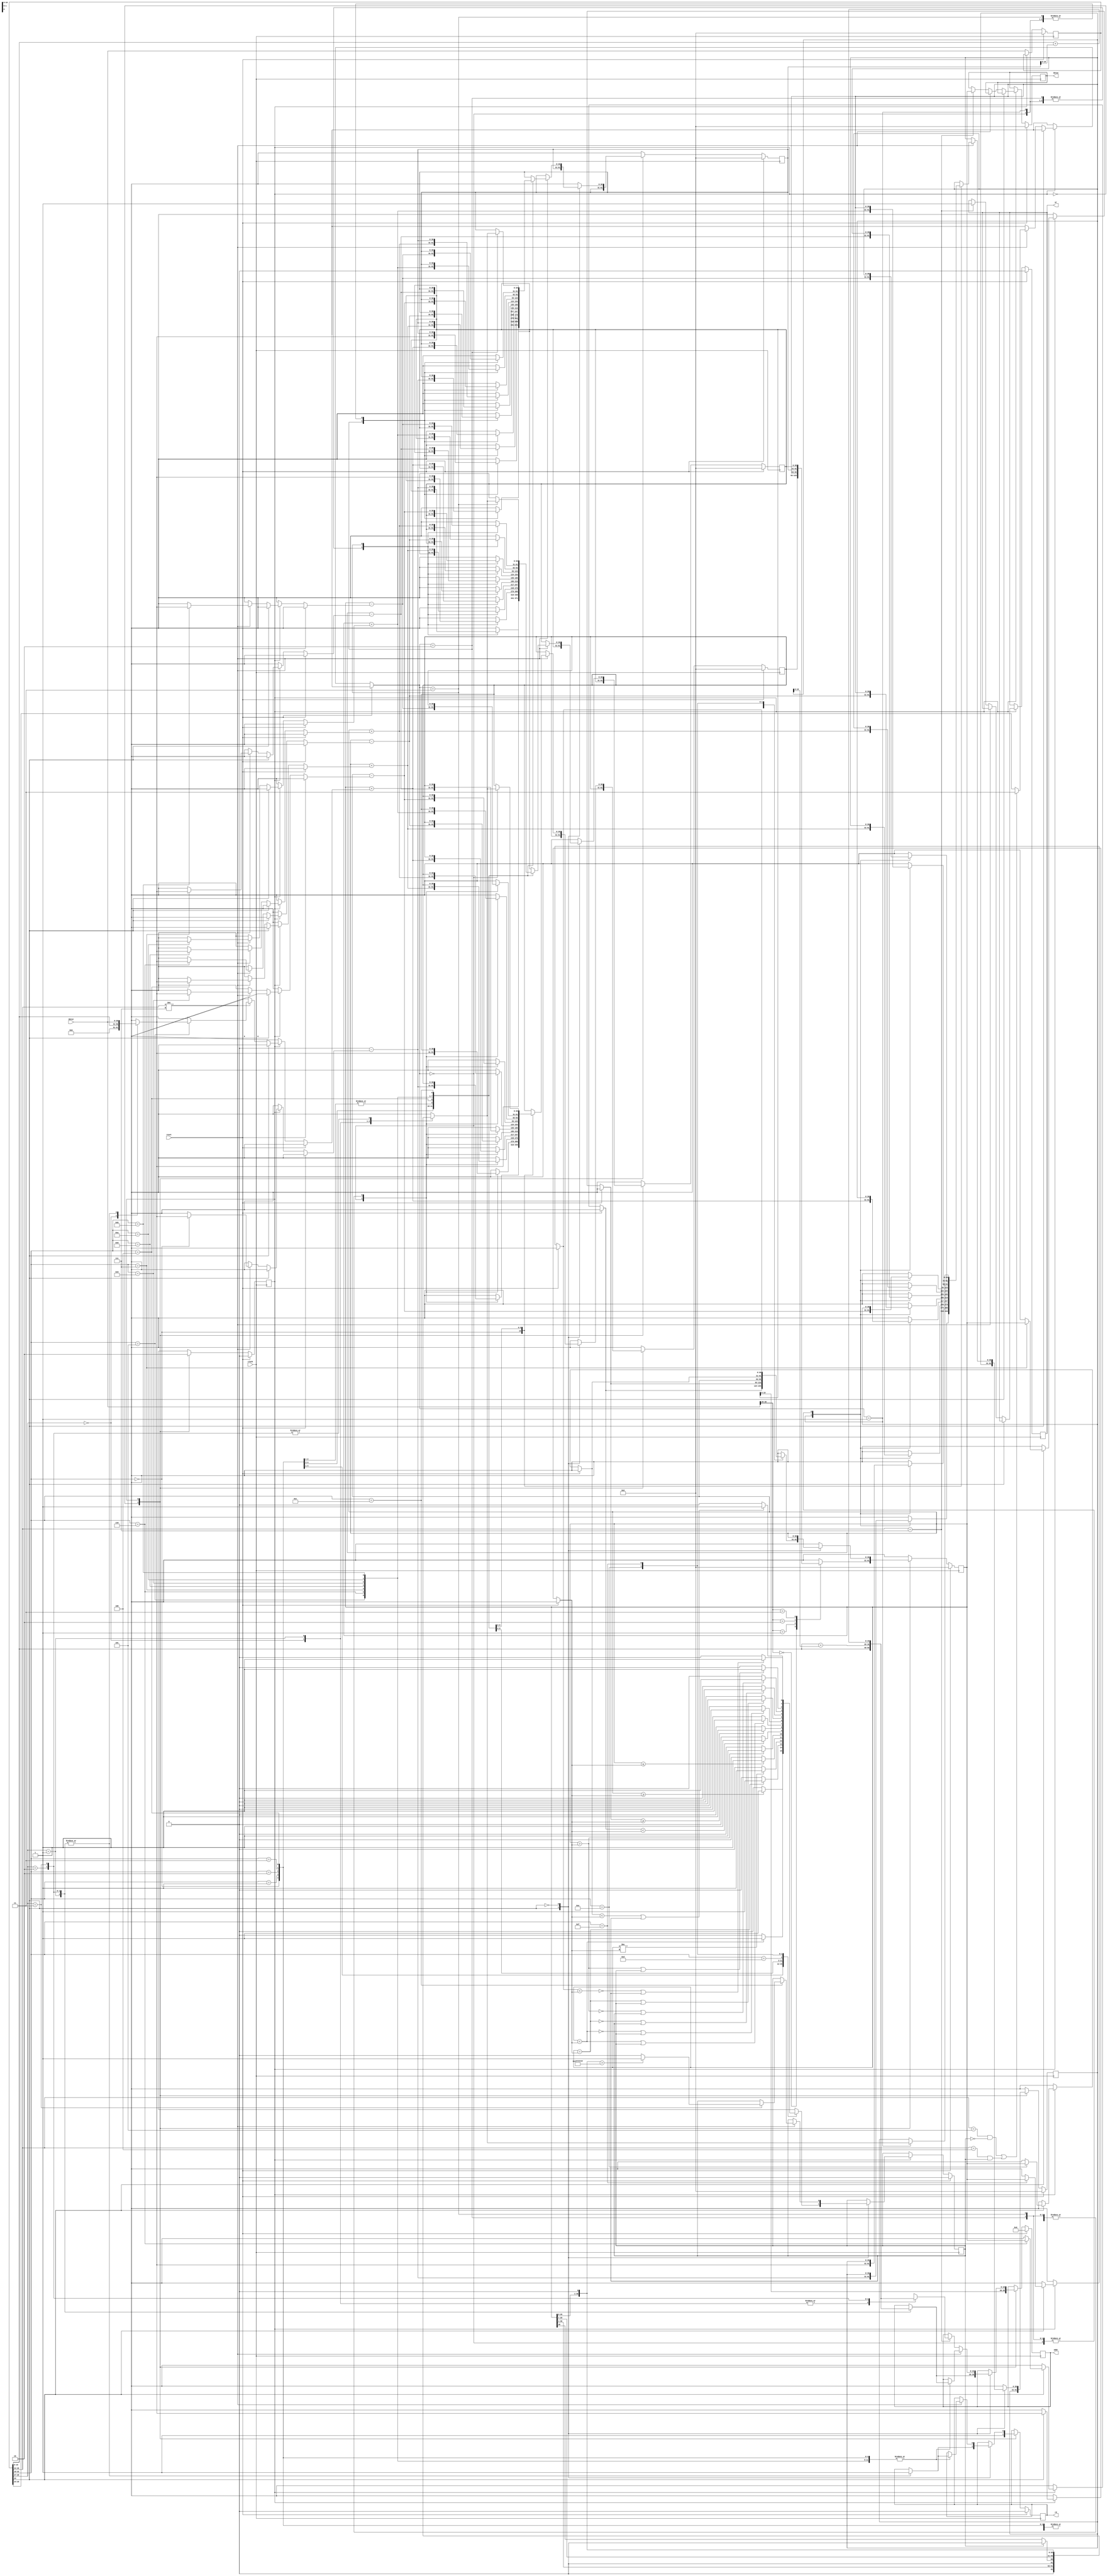
module b14 (
	input clock,
	input reset,
	input [30:0] datai,
	output reg [19:0] addr,
	output reg [30:0] datao,
	output reg rd,
	output reg wr
	);




reg [30:0] reg0 ;
reg [30:0] reg1 ;
reg [30:0] reg2 ;
reg [30:0] reg3 ;

reg B;

reg [30:0] IR ;

reg state;

reg [30:0] rx;
reg [30:0] m;
reg [30:0] t;
reg [1:0] d;


wire cf;// : integer range 1 downto 0;
wire [1:0] mf;// : integer range 2**2 - 1 downto 0;
wire [2:0] df;// : integer range 2**3 - 1 downto 0;

wire [3:0] ff;// : integer range 2**4 - 1 downto 0;
wire [19:0] tail;// : integer range 2**20 - 1 downto 0;
wire [1:0] s ;// : integer range 3 downto 0;




parameter FETCH = 1'b0;
parameter EXEC = 1'b1;

assign 	mf = IR[28:27];// / 2**27) mod 4 ;

assign	df = IR[26:24];// / 2**24) mod 2**3;

assign	ff = IR[22:19];// / 2**19) mod 2**4;

assign	cf = IR[23];// / 2**23) mod 2;

assign	tail = IR[19:0];// mod 2**20;
//		reg3 = {1'b0,reg3[28:0] + 8);
assign	s = IR[30:29];///2**29) mod 4;

always@(posedge clock)
	if(reset == 1'b1)
	begin
		IR <= 31'b0;
		d <= 2'b0;
		rx <= 31'b0;
		m <= 31'b0;
		B <= 1'b0;


		reg0 <= 31'b0;
		reg1 <= 31'b0;
		reg2 <= 31'b0;
		reg3 <= 31'b0;
		addr <= 20'b0;
		rd <= 1'b0;
		wr <= 1'b0;
		datao <= 31'b0;
		state <= FETCH;
	end
	else
	begin
		//rd = 1'b0;
		//wr = 1'b0;
		case(state)
		FETCH:
		begin
			addr <= reg3[19:0];
			rd <= 1'b1;
			IR <= datai;
			state <= EXEC;
			case(datai[30:29])
				2'b00:
					rx <= reg0;
				2'b01:
					rx <= reg1;
				2'b10: begin
					$display("target");
					rx <= reg2;
					end
				2'b11:
					rx <= reg3;
			endcase
		end
		EXEC:
		begin
//		if(IR < 0)
//		  IR = -IR;

		case(cf)
		1'b1:
			begin
			case(mf)
				2'b0:
					m = {11'b0,tail};
				2'b1:
				begin
					m = datai;
					addr <= tail;
					rd <= 1'b1;
				end
				2'b10:
				begin
					addr <= tail + reg1[19:0];
					rd <= 1'b1;
					m = datai;
				end
				2'b11:
				begin
					addr <= tail + reg2[19:0];
					rd <= 1'b1;
					m = datai;
				end
			endcase
			case(ff)
			4'b0:
				if(rx < m)
					B <= 1'b1;
				else
					B <= 1'b0;
			4'b1:
				if(rx >= m)
					B <= 1'b1;
				else
					B <= 1'b0; 
			4'b10:
				if(rx == m) 
					B <= 1'b1;
				else 
					B <= 1'b0; 
			4'b11:
				if(rx != m) 
					B <= 1'b1; 
				else
					B <= 1'b0;
			4'b100:
				if(rx <= m)
					B <= 1'b1; 
				else 
					B <= 1'b0; 
			4'b101:
				if(rx > m) 
					B <= 1'b1; 
				else 
					B <= 1'b0; 
			4'b110:
				begin
				if(rx > 31'b111111111111111111111111111111)
//					   rx = rx - 2**30;
						rx = rx;
				if(rx < m) 
					   B <= 1'b1; 
				else 
					   B <= 1'b0; 
				end
			4'b111:
				begin
				if(rx > 31'b111111111111111111111111111111)
//					   rx = rx - 2**30;
					   rx = rx;
				if(rx >= m)
					   B <= 1'b1; 
				else 
					   B <= 1'b0; 
				end 
			4'b1000:
			begin
				if( (rx < m) || ( B == 1'b1))
						B <= 1'b1;
				else
						B <= 1'b0;
			end
			4'b1001:
				if( !(rx < m) || ( B == 1'b1))
						B <= 1'b1;
				else
						B <= 1'b0;
			4'b1010:
				if( (rx == m) || ( B == 1'b1) )
						B <= 1'b1;
				else
						B <= 1'b0;
			4'b1011:
				if(!(rx == m) || ( B == 1'b1))
						B <= 1'b1;
				else
						B <= 1'b0;
			4'b1100:
				if( !(rx > m) || (B == 1'b1) )
						B <= 1'b1;
				else
						B <= 1'b0;
			4'b1101:
				if( (rx > m) || (B == 1'b1))
						B <= 1'b1;
				else
						B <= 1'b0;
			4'b1110:
				begin
				if(rx > 31'b111111111111111111111111111111)
//					   rx = rx - 2**30;
						rx = rx;
				if ((rx < m) || ( B == 1'b1) ) begin
						$display("target");
						B <= 1'b1;              
					end
				else
						B <= 1'b0;
				end
			4'b1111:
				begin
				if(rx > 31'b111111111111111111111111111111)
//					   rx = rx - 2**30;
						rx = rx;
				if(!(rx < m) || ( B == 1'b1))
						B <= 1'b1;
				else
						B <= 1'b0;
				end
		  endcase
		  end
		1'b0:
			if((df != 3'b111))
			begin
			/*
				if(df == 3'b101) 
				begin
					if( B == 1'b0)
						d = 2'b11;
				end
				else if(df == 3'b100)
				begin
					if(B == 1'b1)
						d = 2'b11;
				end
				else if(df == 3'b11)
					d = 2'b11;
				else if(df == 3'b10)
					d = 2'b10;
				else if(df == 3'b1)
					d = 2'b1;
				else if(df == 3'b0)
					d = 2'b0;
				*/
				
				//d = ((df == 3'b101 && B == 1'b0) || (df == 3'b100 && B == 1'b1)) ? 2'b11 : df[1:0];
				if((df == 3'b101 && B == 1'b0) || (df == 3'b100 && B == 1'b1)) begin
					$display("target");
					d = 2'b11;
				end
				else begin
					d = df[1:0];
				end
				
				case(ff)
				4'b0:
					begin
						case(mf)
							2'b0:
							m = {11'b0,tail};
							2'b1:
							begin
								m = datai;
								addr <= tail;
								rd <= 1'b1;
							end
							2'b10:
							begin
								addr <= tail + reg1[19:0];
								rd <= 1'b1;
								m = datai;
							end
							2'b11:
							begin
								addr <= tail + reg2[19:0];
								rd <= 1'b1;
								m = datai;
							end
						endcase
						t = 31'b0;
						case(d)
						2'b0: reg0 = t - m;
						2'b1: reg1 = t - m;
						2'b10: reg2 = t - m;
						2'b11: reg3 = t - m;
						endcase
					end
				4'b1:
					begin
						case(mf)
						2'b0: m = {11'b0,tail};
						2'b1:
						begin
							m = datai;
							addr <= tail;
							rd <= 1'b1;
						end
						2'b10:
						begin
							addr <= tail + reg1[19:0];
							rd <= 1'b1;
							m = datai;
						end
						2'b11:
						begin
							addr <= tail + reg2[19:0];
							rd <= 1'b1;
							m = datai;
						end
						endcase
						reg2 = reg3; 
						reg3 = m;
					end
				4'b10:  
					begin
					case(mf)
						2'b0: 
							m = {11'b0,tail};
						2'b1:
						begin
							m = datai;
							addr <= tail;
							rd <= 1'b1;
						end
						2'b10:
						begin
							addr <= tail + reg1[19:0];
							rd <= 1'b1;
							m = datai;
						end
						2'b11:
						begin
							addr <= tail + reg2[19:0];
							rd <= 1'b1;
							m = datai;
						end
					endcase
					case(d)
					2'b0:
						reg0 = m;
					2'b1:
						reg1 = m;
					2'b10:
						reg2 = m;
					2'b11:
						reg3 = m;
					endcase
					end
				4'b11:  
					begin
						case(mf)
						2'b0: 
							m = {11'b0,tail};
						2'b1:
						begin
							m = datai;
							addr <= tail;
							rd <= 1'b1;
						end
						2'b10:
						begin
							addr <= tail + reg1[19:0];
							rd <= 1'b1;
							m = datai;
						end
						2'b11:
						begin
							addr <= tail + reg2[19:0];
							rd <= 1'b1;
							m = datai;
						end
						endcase
						case(d)
						2'b0: 	reg0 = m;
						2'b1:	reg1 = m;
						2'b10:	reg2 = m;
						2'b11:	reg3 = m;
						endcase
					end
				4'b100:
					begin
					case(mf)
					2'b0: m = {11'b0,tail};
					2'b1: 	
					begin
						m = datai;
						addr <= tail;
						rd <= 1'b1;
					end
					2'b10:
					begin
						addr <= tail + reg1[19:0];
						rd <= 1'b1;
						m = datai;
					end
					2'b11:
					begin
						addr <= tail + reg2[19:0];
						rd <= 1'b1;
						m = datai;
					end
					endcase
					case(d)
					2'b0: reg0 = (rx + m) ;
					2'b1: reg1 = (rx + m) ;
					2'b10: reg2 = (rx + m) ;
					2'b11: reg3 = (rx + m) ;
					endcase
					end
					
				4'b101:
					begin
					case(mf)
					2'b0:  m = {11'b0,tail};
					2'b1:
					begin
						m = datai;
						addr <= tail;
						rd <= 1'b1;
					end
					2'b10:
					begin
						$display("target");
						addr <= tail + reg1[19:0];
						rd <= 1'b1;
						m = datai;
					end
					2'b11:
					begin
						addr <= tail + reg2[19:0];
						rd <= 1'b1;
						m = datai;
					end
					endcase
					case (d)
					2'b0: reg0 = (rx + m) ;
					2'b1: reg1 = (rx + m) ;
					2'b10: reg2 = (rx + m) ;
					2'b11: reg3 = (rx + m) ;
					endcase
					end
				4'b110:   
					begin
					case(mf)
					2'b0:  m = {11'b0,tail};
					2'b1:  
						begin
						m = datai;
						addr <= tail;
						rd <= 1'b1;
						end
					2'b10:
						begin
						addr <= tail + reg1[19:0];
						rd <= 1'b1;
						m = datai;
						end
					2'b11:
						begin
						addr <= tail + reg2[19:0];
						rd <= 1'b1;
						m = datai;
						end
					endcase
					case (d)
					2'b0:  reg0 = (rx - m) ;
					2'b1: reg1 = (rx - m) ;
					2'b10: reg2 = (rx - m) ;
					2'b11: reg3 = (rx - m) ;
					endcase
					end
				4'b111:
					begin
					case(mf)
						2'b0: 
							m = {11'b0,tail};
						2'b1: 
						begin
							m = datai;
							addr <= tail;
							rd <= 1'b1;
						end
						2'b10:
						begin
							addr <= tail + reg1[19:0];
							rd <= 1'b1;
							m = datai;
						end
						2'b11:
						begin
							addr <= tail + reg2[19:0];
							rd <= 1'b1;
							m = datai;
						end
					endcase
					case(d)
					2'b0: reg0 = (rx - m) ;
					2'b1: reg1 = (rx - m) ;
					2'b10: reg2 = (rx - m) ;
					2'b11: reg3 = (rx - m) ;
					endcase
					end
				4'b1000:
					begin
					case(mf)
					2'b0:
						m = {11'b0,tail};
					2'b1: 
					begin
						m = datai;
						addr <= tail;
						rd <= 1'b1;
					end
					2'b10:
					begin 
						addr <= tail + reg1[19:0];
						rd <= 1'b1;
						m = datai;
					end
					2'b11:
					begin
						addr <= tail + reg2[19:0];
						rd <= 1'b1;
						m = datai;
					end
					endcase
					case(d)
					2'b0: reg0 = (rx + m) ;
					2'b1: reg1 = (rx + m) ;
					2'b10: reg2 = (rx + m) ;
					2'b11: reg3 = (rx + m) ;
					endcase
					end
				4'b1001:
					begin
					case(mf)
						2'b0:
							m = {11'b0,tail};
						2'b1:
						begin
							m = datai;
							addr <= tail;
							rd <= 1'b1;
						end
						2'b10:
						begin
							addr <= tail + reg1[19:0];
							rd <= 1'b1;
							m = datai;
						end
						2'b11:
						begin
							addr <= tail + reg2[19:0];
							rd <= 1'b1;
							m = datai;
						end
					endcase
					case(d)
					2'b0:  reg0 = (rx - m) ;
					2'b1: reg1 = (rx - m) ;
					2'b10: reg2 = (rx - m) ;
					2'b11: reg3 = (rx - m) ;
					endcase
					end
				4'b1010:
					begin
					case(mf)
						2'b0: 
							m = {11'b0,tail};
						2'b1:
						begin
							m = datai;
							addr <= tail;
							rd <= 1'b1;
						end
						2'b10:
						begin
							addr <= tail + reg1[19:0];
							rd <= 1'b1;
							m = datai;
						end
						2'b11:
						begin
							addr <= tail + reg2[19:0];
							rd <= 1'b1;
							m = datai;
						end
					endcase
					case(d)
					2'b0:	reg0 = (rx + m) ;
					2'b1: reg1 = (rx + m) ;
					2'b10: reg2 = (rx + m) ;
					2'b11: reg3 = (rx + m) ;
					endcase
					end
				4'b1011:
					begin
					case(mf)
					2'b0:
						m = {11'b0,tail};
					2'b1:
					begin
						m = datai;
						addr <= tail;
						rd <= 1'b1;
					end
					2'b10:
					begin
						addr <= tail + reg1[19:0];
						rd <= 1'b1;
						m = datai;
					end
					2'b11:
					begin
						addr <= tail + reg2[19:0];
						rd <= 1'b1;
						m = datai;
					end
					endcase
					case(d)
					2'b0: reg0 = (rx - m) ;
					2'b1: reg1 = (rx - m) ;
					2'b10:  reg2 = (rx - m) ;
					2'b11:  reg3 = (rx - m) ;
					endcase
					end
				4'b1100:
					begin
					case(mf)
					2'b0:
						t = {1'b0,rx[30:1]};
					2'b1:
					begin
						t = {1'b0, (B == 1'b1) ? 1'b0 : rx[30], rx[29:1]};
						//t[30] = 1'b0;
						//if(B == 1'b1)
						//  t[29] = 1'b0;
						//else
						//	t[29] = rx[30];
						//t[28:0] = rx[29:1];
					end
					2'b10:
						t = {rx[29:0],1'b0};
					2'b11:
					begin
						t = {rx[29:0],1'b0};
						if(t > 31'b111111111111111111111111111111) begin
							$display("target");
							B <= 1'b1;
						end
						else
							B <= 1'b0;
					end
				  endcase
					case(d)
					2'b0: reg0 <= t;
					2'b1: reg1 <= t;
					2'b10: reg2 <= t;
					2'b11: reg3 <= t;
					endcase
					end
				//default: 
				//	reg0 = reg0;
				endcase
				end
			else if(df == 3'b111)
			begin
			case(mf)
			2'b0: m = {11'b0,tail};
			2'b01: m = {11'b0,tail};
			2'b10: m = reg1 + {11'b0,tail};
			2'b11: m = reg2 + {11'b0,tail};
			endcase
			//-- addr <= m;
			addr <= m [19:0];
			//-- removed (!)fs020699
			wr <=1'b1;
			datao <= rx;
		  end
		endcase
		state <= FETCH;
		end
		endcase
	end


endmodule